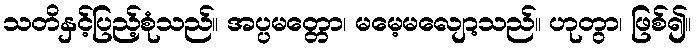
သတိနှင့်ပြည့်စုံသည်။ အပ္ပမတ္တော၊ မမေ့မလျော့သည်။ ဟုတွာ၊ ဖြစ်၍။